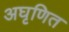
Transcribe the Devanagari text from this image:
अघृणित